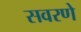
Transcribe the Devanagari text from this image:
सवरणे